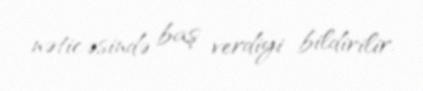
nəticəsində baş verdiyi bildirilir.